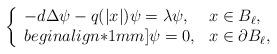
LaTeX: \begin{align*}\left\{\begin{array}{ll}-d\Delta\psi -q(|x|)\psi=\lambda\psi,&x\in B_\ell,\\begin{align*}1mm]\psi=0,&x\in \partial B_\ell,\end{array}\right.\end{align*}